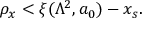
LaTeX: \rho _ { x } < \xi ( \Lambda ^ { 2 } , a _ { 0 } ) - x _ { s } .